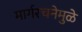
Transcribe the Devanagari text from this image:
मार्गरचनेमुळे